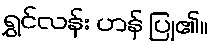
ရွှင်လန်း ဟန် ပြု၏။